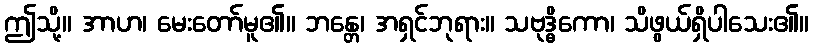
ဤသို့။ အာဟ၊ မေးတော်မူ၏။ ဘန္တေ၊ အရှင်ဘုရား။ သဗုဒ္ဓိကော၊ သိဖွယ်ရှိပါသေး၏။